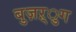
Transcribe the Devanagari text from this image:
बुज़ऱ्ुग